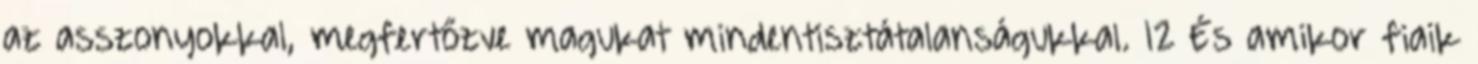
az asszonyokkal, megfertőzve magukat mindentisztátalanságukkal. 12 És amikor fiaik